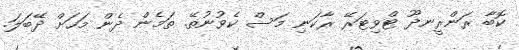
ކޮބާ ރަންރީނދޫ ޓްވިޓަރޭ ރާކަނި މަސް ކެވުނުތޭ. ތަމެން ދެން މަހަށް ދޭބަލަ.